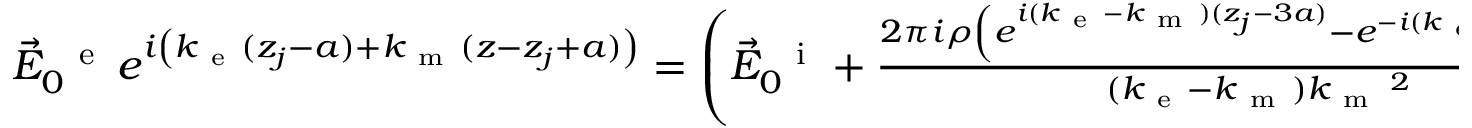
\begin{array} { r } { \vec { E } _ { 0 } ^ { \mathrm { ~ \, ~ e ~ } } \, e ^ { i \left( k _ { \mathrm { ~ e ~ } } ( z _ { j } - a ) + k _ { \mathrm { ~ m ~ } } ( z - z _ { j } + a ) \vphantom { b ^ { 2 } } \right) } = \left( \vec { E } _ { 0 } ^ { \mathrm { ~ \, ~ i ~ } } + \frac { 2 \pi i \rho \left( e ^ { i ( k _ { \mathrm { ~ e ~ } } - k _ { \mathrm { ~ m ~ } } ) ( z _ { j } - 3 a ) } - e ^ { - i ( k _ { \mathrm { ~ e ~ } } - k _ { \mathrm { ~ m ~ } } ) a } \right) } { ( k _ { \mathrm { ~ e ~ } } - k _ { \mathrm { ~ m ~ } } ) k _ { \mathrm { ~ m ~ } } \, \! \! \, \! \, \, \! \, \, \! \! \, \! \, \, \! \! \, \! \! \, \! \, \, \! \! \, \! \! \, \! \, \, \! \, \, \! \! \, \! \, \, \! \! \, \! \! \, \! \, \, \! \, \, \! \! \, \! \, \, \! \, \, \! \! \, \! \, \, \! \! \, \! \! \, \! \, \, \! \, \, \! \! \, \! \, \, \! \, \, \! \! ^ { 2 } } \, \! \! \, \! \, \, \! \, \, \! \! \, \! \, \, \! \! \, \! \! \, \! \, \, \! \! \, \! \! \, \! \, \, \! \, \, \! \! \, \! \, \, \! \! \, \! \! \, \! \, \, \! \, \, \! \! \, \! \, \, \! \! S ( 0 ) \vec { E } _ { 0 } ^ { \mathrm { ~ \, ~ e ~ } } \right) e ^ { i k _ { \mathrm { ~ m ~ } } z } , } \end{array}